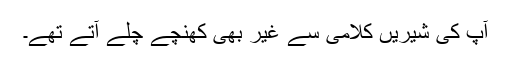
آپ کی شیریں کلامی سے غیر بھی کھنچے چلے آتے تھے۔